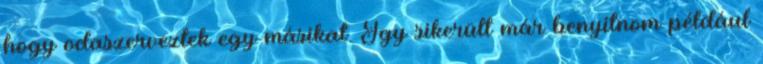
hogy odaszerveztek egy másikat. Így sikerült már benyitnom például